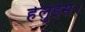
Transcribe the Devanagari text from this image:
हेलुईस।